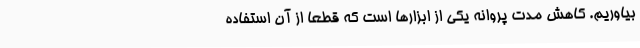
بیاوریم. کاهش مدت پروانه یکی از ابزارها است که قطعا از آن استفاده